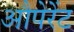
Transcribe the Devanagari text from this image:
औपेरेंट